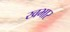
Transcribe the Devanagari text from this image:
खभार